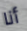
أنا